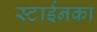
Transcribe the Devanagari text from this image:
स्टाईनका